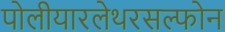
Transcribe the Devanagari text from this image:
पोलीयारलेथरसल्फोन